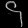
Digit: ၄